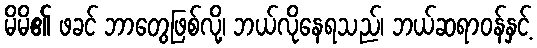
မိမိ၏ ဖခင် ဘာတွေဖြစ်လို့၊ ဘယ်လိုနေရသည်၊ ဘယ်ဆရာဝန်နှင့်